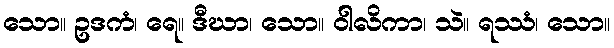
သော။ ဥဒကံ၊ ရေ။ ဒီဃာ၊ သော။ ဝါလိကာ၊ သဲ။ ရဿံ၊ သော။